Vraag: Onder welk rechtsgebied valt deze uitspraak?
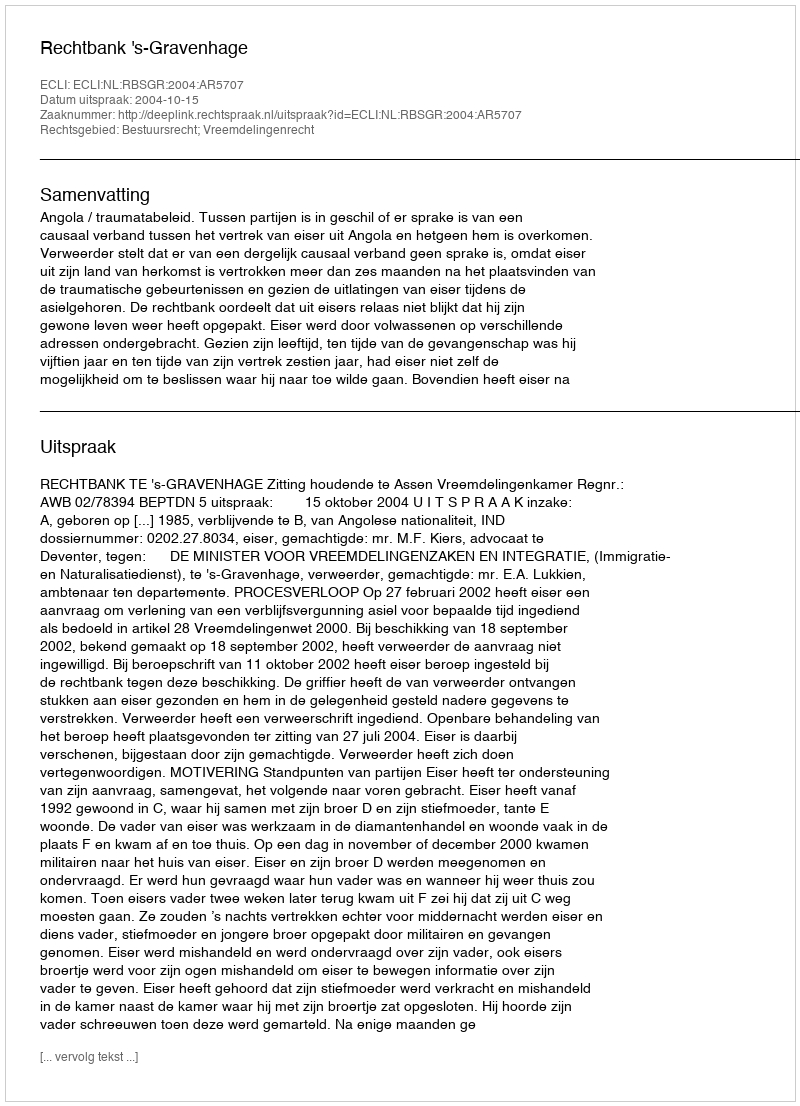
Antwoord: Bestuursrecht; Vreemdelingenrecht